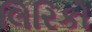
લિરિકો